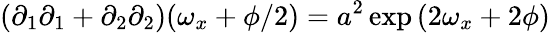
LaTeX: (\partial_{1}\partial_{1}+\partial_{2}\partial_{2})(\omega_{x}+\phi/2)=a^{2}\exp{(2\omega_{x}+2\phi)}